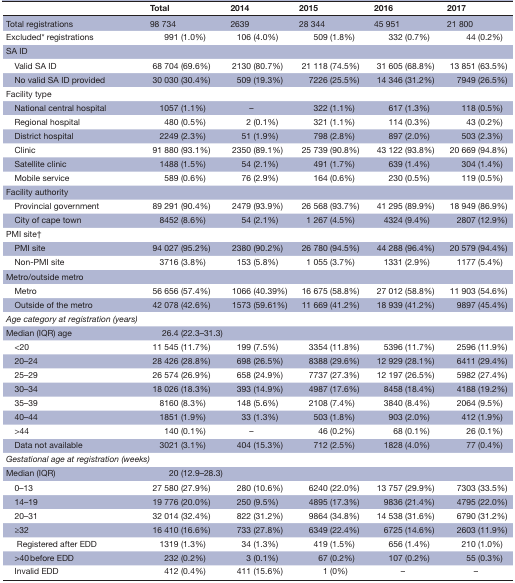
<table><thead><tr><td></td><td><b>Total</b></td><td><b>2014</b></td><td><b>2015</b></td><td><b>2016</b></td><td><b>2017</b></td></tr></thead><tbody><tr><td>Total registrations</td><td>98 734</td><td>2639</td><td>28 344</td><td>45 951</td><td>21 800</td></tr><tr><td>Excluded* registrations</td><td>991 (1.0%)</td><td>106 (4.0%)</td><td>509 (1.8%)</td><td>332 (0.7%)</td><td>44 (0.2%)</td></tr><tr><td colspan="6">SA ID</td></tr><tr><td> Valid SA ID</td><td>68 704 (69.6%)</td><td>2130 (80.7%)</td><td>21 118 (74.5%)</td><td>31 605 (68.8%)</td><td>13 851 (63.5%)</td></tr><tr><td> No valid SA ID provided</td><td>30 030 (30.4%)</td><td>509 (19.3%)</td><td>7226 (25.5%)</td><td>14 346 (31.2%)</td><td>7949 (26.5%)</td></tr><tr><td colspan="6">Facility type</td></tr><tr><td> National central hospital</td><td>1057 (1.1%)</td><td>–</td><td>322 (1.1%)</td><td>617 (1.3%)</td><td>118 (0.5%)</td></tr><tr><td> Regional hospital</td><td>480 (0.5%)</td><td>2 (0.1%)</td><td>321 (1.1%)</td><td>114 (0.3%)</td><td>43 (0.2%)</td></tr><tr><td> District hospital</td><td>2249 (2.3%)</td><td>51 (1.9%)</td><td>798 (2.8%)</td><td>897 (2.0%)</td><td>503 (2.3%)</td></tr><tr><td> Clinic</td><td>91 880 (93.1%)</td><td>2350 (89.1%)</td><td>25 739 (90.8%)</td><td>43 122 (93.8%)</td><td>20 669 (94.8%)</td></tr><tr><td> Satellite clinic</td><td>1488 (1.5%)</td><td>54 (2.1%)</td><td>491 (1.7%)</td><td>639 (1.4%)</td><td>304 (1.4%)</td></tr><tr><td> Mobile service</td><td>589 (0.6%)</td><td>76 (2.9%)</td><td>164 (0.6%)</td><td>230 (0.5%)</td><td>119 (0.5%)</td></tr><tr><td colspan="6">Facility authority</td></tr><tr><td> Provincial government</td><td>89 291 (90.4%)</td><td>2479 (93.9%)</td><td>26 568 (93.7%)</td><td>41 295 (89.9%)</td><td>18 949 (86.9%)</td></tr><tr><td> City of cape town</td><td>8452 (8.6%)</td><td>54 (2.1%)</td><td>1 267 (4.5%)</td><td>4324 (9.4%)</td><td>2807 (12.9%)</td></tr><tr><td colspan="6">PMI site†</td></tr><tr><td> PMI site</td><td>94 027 (95.2%)</td><td>2380 (90.2%)</td><td>26 780 (94.5%)</td><td>44 288 (96.4%)</td><td>20 579 (94.4%)</td></tr><tr><td> Non-PMI site</td><td>3716 (3.8%)</td><td>153 (5.8%)</td><td>1 055 (3.7%)</td><td>1331 (2.9%)</td><td>1177 (5.4%)</td></tr><tr><td colspan="6">Metro/outside metro</td></tr><tr><td> Metro</td><td>56 656 (57.4%)</td><td>1066 (40.39%)</td><td>16 675 (58.8%)</td><td>27 012 (58.8%)</td><td>11 903 (54.6%)</td></tr><tr><td> Outside of the metro</td><td>42 078 (42.6%)</td><td>1573 (59.61%)</td><td>11 669 (41.2%)</td><td>18 939 (41.2%)</td><td>9897 (45.4%)</td></tr><tr><td colspan="6"><i>Age category at registration (years)</i></td></tr><tr><td>Median (IQR) age</td><td>26.4 (22.3–31.3)</td><td></td><td></td><td></td><td></td></tr><tr><td> &lt;20</td><td>11 545 (11.7%)</td><td>199 (7.5%)</td><td>3354 (11.8%)</td><td>5396 (11.7%)</td><td>2596 (11.9%)</td></tr><tr><td> 20–24</td><td>28 426 (28.8%)</td><td>698 (26.5%)</td><td>8388 (29.6%)</td><td>12 929 (28.1%)</td><td>6411 (29.4%)</td></tr><tr><td> 25–29</td><td>26 574 (26.9%)</td><td>658 (24.9%)</td><td>7737 (27.3%)</td><td>12 197 (26.5%)</td><td>5982 (27.4%)</td></tr><tr><td> 30–34</td><td>18 026 (18.3%)</td><td>393 (14.9%)</td><td>4987 (17.6%)</td><td>8458 (18.4%)</td><td>4188 (19.2%)</td></tr><tr><td> 35–39</td><td>8160 (8.3%)</td><td>148 (5.6%)</td><td>2108 (7.4%)</td><td>3840 (8.4%)</td><td>2064 (9.5%)</td></tr><tr><td> 40–44</td><td>1851 (1.9%)</td><td>33 (1.3%)</td><td>503 (1.8%)</td><td>903 (2.0%)</td><td>412 (1.9%)</td></tr><tr><td> &gt;44</td><td>140 (0.1%)</td><td>–</td><td>46 (0.2%)</td><td>68 (0.1%)</td><td>26 (0.1%)</td></tr><tr><td> Data not available</td><td>3021 (3.1%)</td><td>404 (15.3%)</td><td>712 (2.5%)</td><td>1828 (4.0%)</td><td>77 (0.4%)</td></tr><tr><td colspan="6"><i>Gestational age at registration (weeks)</i></td></tr><tr><td>Median (IQR)</td><td>20 (12.9–28.3)</td><td></td><td></td><td></td><td></td></tr><tr><td> 0–13 </td><td>27 580 (27.9%)</td><td>280 (10.6%)</td><td>6240 (22.0%)</td><td>13 757 (29.9%)</td><td>7303 (33.5%)</td></tr><tr><td> 14–19 </td><td>19 776 (20.0%)</td><td>250 (9.5%)</td><td>4895 (17.3%)</td><td>9836 (21.4%)</td><td>4795 (22.0%)</td></tr><tr><td> 20–31 </td><td>32 014 (32.4%)</td><td>822 (31.2%)</td><td>9864 (34.8%)</td><td>14 538 (31.6%)</td><td>6790 (31.2%)</td></tr><tr><td> ≥32</td><td>16 410 (16.6%)</td><td>733 (27.8%)</td><td>6349 (22.4%)</td><td>6725 (14.6%)</td><td>2603 (11.9%)</td></tr><tr><td>Registered after EDD</td><td>1319 (1.3%)</td><td>34 (1.3%)</td><td>419 (1.5%)</td><td>656 (1.4%)</td><td>210 (1.0%)</td></tr><tr><td> &gt;40 before EDD</td><td>232 (0.2%)</td><td>3 (0.1%)</td><td>67 (0.2%)</td><td>107 (0.2%)</td><td>55 (0.3%)</td></tr><tr><td> Invalid EDD</td><td>412 (0.4%)</td><td>411 (15.6%)</td><td>1 (0%)</td><td>–</td><td>–</td></tr></tbody></table>